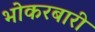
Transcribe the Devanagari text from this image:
भोकरबारी